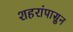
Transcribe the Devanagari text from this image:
शहरांपासुन